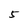
Character: 5